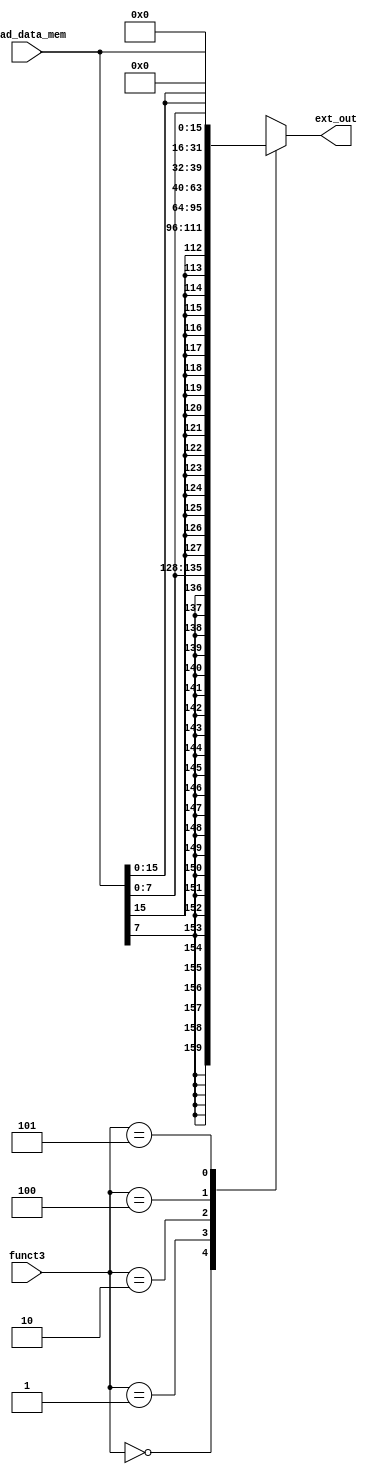
module sgn_zero_extend (input [31:0] read_data_mem,
                        input [2:0] funct3,
                        output reg [31:0] ext_out);

always @(*) begin
    case(funct3)
        // lb
        3'b000: ext_out = {{24{read_data_mem[7]}}, read_data_mem[7:0]};
        // lh
        3'b001: ext_out = {{16{read_data_mem[15]}}, read_data_mem[15:0]};
        // lw
        3'b010: ext_out = read_data_mem;
        // lbu
        3'b100: ext_out = {24'b0, read_data_mem[7:0]};
        // lhu
        3'b101: ext_out = {16'b0, read_data_mem[15:0]};
        
        default: ext_out = 32'bxxxx_xxxx_xxxx_xxxx_xxxx_xxxx_xxxx_xxxx; // undefined
    endcase
end

endmodule